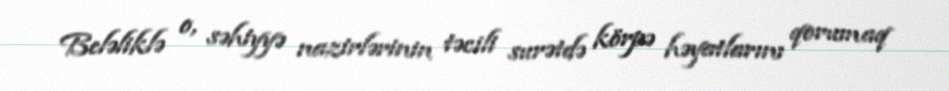
Beləliklə o, səhiyyə nazirlərinin təcili surətdə körpə həyatlarını qorumaq